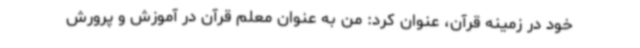
خود در زمینه قرآن، عنوان کرد: من به عنوان معلم قرآن در آموزش و پرورش